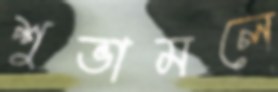
শুভামলে